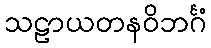
သဠာယတနဝိဘင်္ဂံ